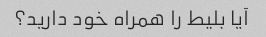
آیا بلیط را همراه خود دارید؟